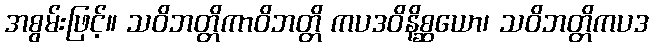
အစွမ်းဖြင့်။ သဝိဘတ္တိကာဝိဘတ္တိ ကပဒဝိနိစ္ဆယော၊ သဝိဘတ္တိကပဒ